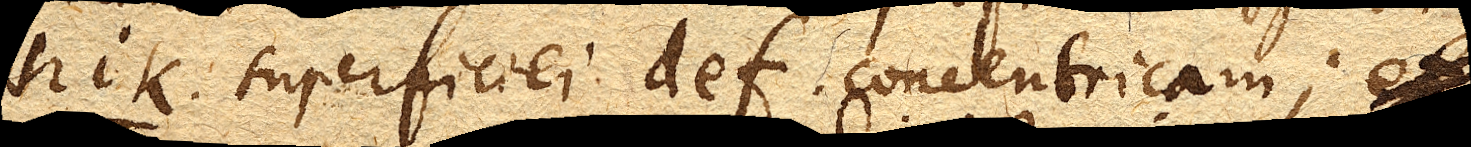
hik. superficiei def. concentricam; et